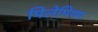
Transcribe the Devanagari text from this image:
मिलेमियम